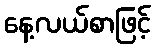
နေ့လယ်စာဖြင့်